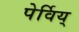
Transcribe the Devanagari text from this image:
पेर्विय्